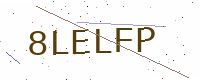
Text: 8LELFP